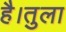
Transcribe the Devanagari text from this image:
है।तुला